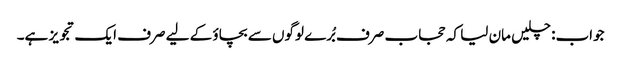
جواب: چلیں مان لیا کہ حجاب صرف بُرے لوگوں سے بچاؤ کے لیے صرف ایک تجویز ہے۔